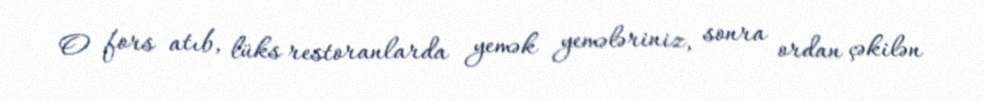
O fors atıb, lüks restoranlarda yemək yemələriniz, sonra ordan çəkilən